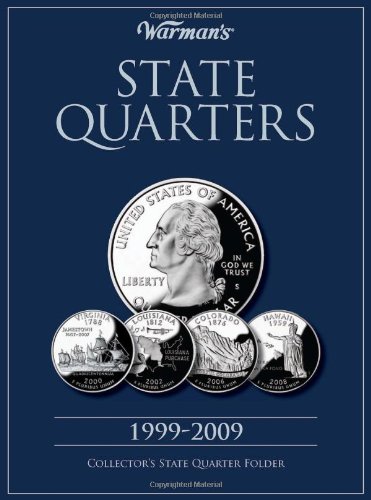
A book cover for State Quarter 1999-2009 Collector's Folder: District of Columbia and Territories (Warman's Collector Coin Folders); Warman's; Crafts, Hobbies & Home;